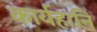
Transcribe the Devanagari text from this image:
कार्यहानि